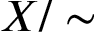
X / \sim